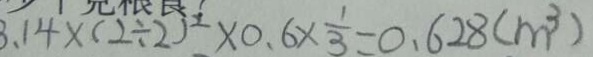
3 . 1 4 \times ( 2 \div 2 ) ^ { 2 } \times 0 . 6 \times \frac { 1 } { 3 } = 0 . 6 2 8 ( m ^ { 3 } )